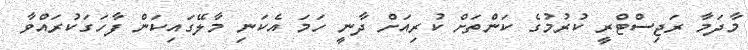
މާދަމާ ރަޖިސްޓްރީ ކުރުމުގެ ކަންތަށް ކުރިއަށް ދާނީ ހަމަ އެކަނި މާލޭގައިކަން ފާހަގަކުރައްވާ